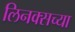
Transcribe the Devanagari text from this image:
लिनक्सच्या